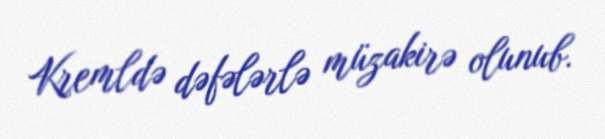
Kremldə dəfələrlə müzakirə olunub.